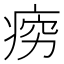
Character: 𪽱